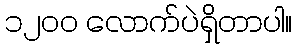
၁၂၀၀ လောက်ပဲရှိတာပါ။